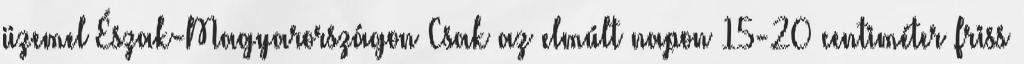
üzemel Észak-Magyarországon Csak az elmúlt napon 15-20 centiméter friss